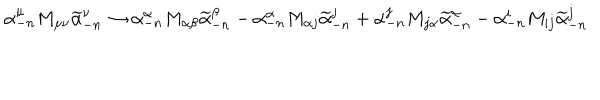
LaTeX: \alpha _ { - n } ^ { \mu } M _ { \mu \nu } \widetilde \alpha _ { - n } ^ { \nu } \rightarrow \alpha _ { - n } ^ { \alpha } M _ { \alpha \beta } \widetilde \alpha _ { - n } ^ { \beta } - \alpha _ { - n } ^ { \alpha } M _ { \alpha j } \widetilde \alpha _ { - n } ^ { j } + \alpha _ { - n } ^ { j } M _ { j \alpha } \widetilde \alpha _ { - n } ^ { \alpha } - \alpha _ { - n } ^ { i } M _ { i j } \widetilde \alpha _ { - n } ^ { j }